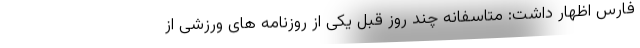
فارس اظهار داشت: متاسفانه چند روز قبل یکی از روزنامه های ورزشی از